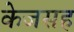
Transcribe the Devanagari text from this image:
केजसह